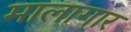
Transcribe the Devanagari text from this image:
मालागार